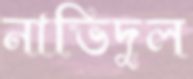
নাভিদুল